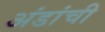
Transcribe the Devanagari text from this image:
अंडांची